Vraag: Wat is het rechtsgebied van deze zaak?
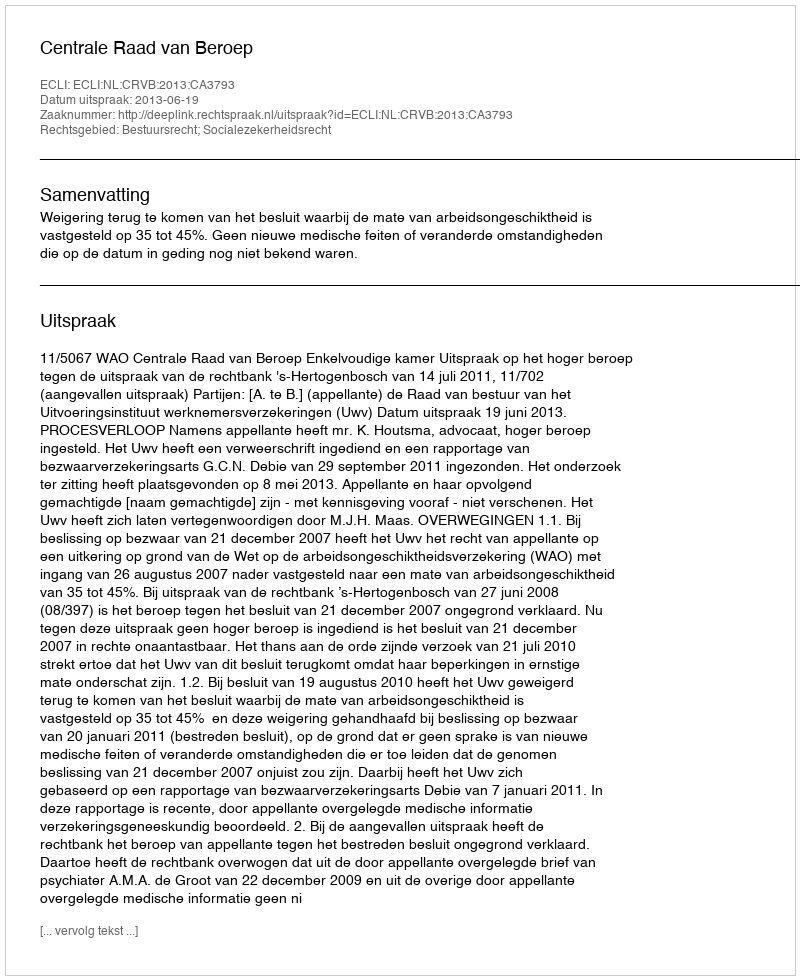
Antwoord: Bestuursrecht; Socialezekerheidsrecht